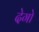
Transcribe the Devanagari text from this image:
देगो